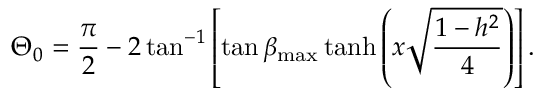
\Theta _ { 0 } = \frac { \pi } { 2 } - 2 \tan ^ { - 1 } \left[ \tan \beta _ { \mathrm { m a x } } \operatorname { t a n h } \left( x \sqrt { \frac { 1 - h ^ { 2 } } { 4 } } \right) \right] .